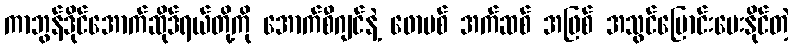
ကာဘွန်ဒိုင်အောက်ဆိုဒ်ရယ်တို့ကို အောက်စီဂျင်နဲ့ ဖောမစ် အက်ဆစ် အဖြစ် အသွင်ပြောင်းပေးနိုင်တဲ့